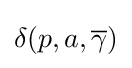
\delta (p,a,{\overline {\gamma }})